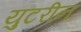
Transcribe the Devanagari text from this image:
युटरीन